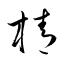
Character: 棈